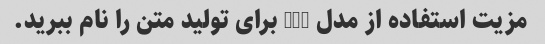
مزیت استفاده از مدل GPT برای تولید متن را نام ببرید.